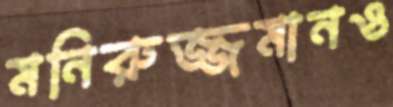
মনিরুজ্জমানও